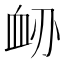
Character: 䘐